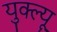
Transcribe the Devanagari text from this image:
युक्ल्यू